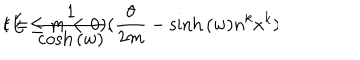
t = \frac { 1 } { \cosh { ( w ) } } ( \frac { \theta } { 2 m } - \sinh { ( w ) } n ^ { k } x ^ { k } ) \hspace { 1 c m } ( E \leq m < 0 ) .